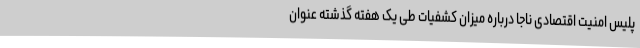
پلیس امنیت اقتصادی ناجا درباره میزان کشفیات طی یک هفته گذشته عنوان